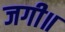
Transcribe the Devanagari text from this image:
जगी॥